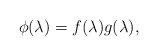
\begin{align*}\phi(\lambda)=f(\lambda)g(\lambda),\end{align*}